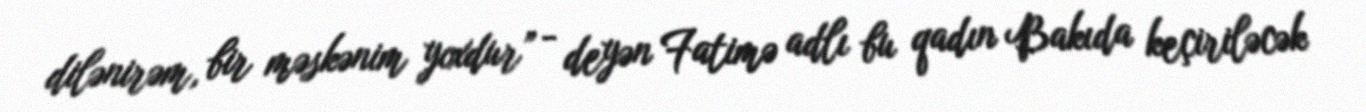
dilənirəm, bir məskənim yoxdur” - deyən Fatimə adlı bu qadın Bakıda keçiriləcək